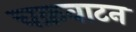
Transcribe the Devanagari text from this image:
चक्रवाटन